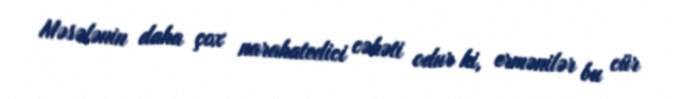
Məsələnin daha çox narahatedici cəhəti odur ki, ermənilər bu cür